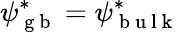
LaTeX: \psi_{\mathrm{~g~b~}}^{*}=\psi_{\mathrm{~b~u~l~k~}}^{*}